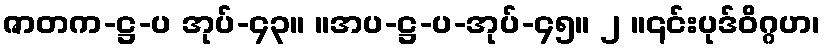
ဇာတက-ဋ္ဌ-ပ အုပ်-၄၃။ ။အပ-ဋ္ဌ-ပ-အုပ်-၄၅။ ၂ ။၎င်းပုဒ်ဝိဂ္ဂဟ၊